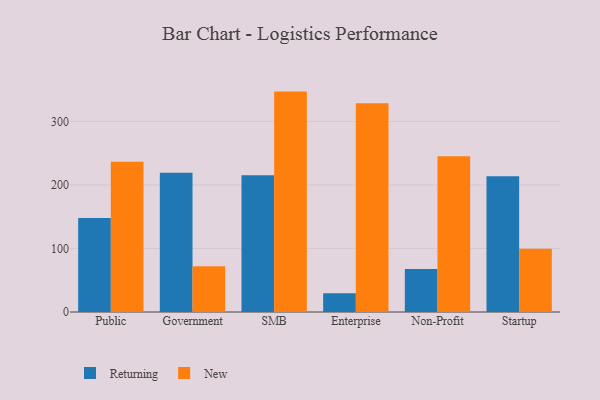
{"axis": {"x": "Segment", "y": "Temperature (°C)"}, "legend": ["New", "Returning"], "data": [{"x": "Public", "y": 148.2, "type": "Returning"}, {"x": "Public", "y": 236.7, "type": "New"}, {"x": "Government", "y": 219.5, "type": "Returning"}, {"x": "Government", "y": 72.1, "type": "New"}, {"x": "SMB", "y": 215.5, "type": "Returning"}, {"x": "SMB", "y": 347.2, "type": "New"}, {"x": "Enterprise", "y": 29.4, "type": "Returning"}, {"x": "Enterprise", "y": 328.7, "type": "New"}, {"x": "Non-Profit", "y": 67.8, "type": "Returning"}, {"x": "Non-Profit", "y": 245.3, "type": "New"}, {"x": "Startup", "y": 213.8, "type": "Returning"}, {"x": "Startup", "y": 99.6, "type": "New"}]}